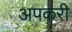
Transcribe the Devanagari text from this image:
अपकरी